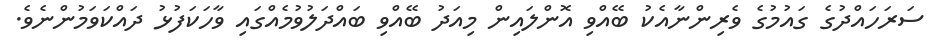
ސަރަހައްދުގެ ގައުމުގެ ވެރިންނާއެކު ބޭއްވި އޮންލައިން މިއަދު ބޭއްވި ބައްދަލުވުމެއްގައި ވާހަކަފުޅު ދައްކަވަމުންނެވެ.